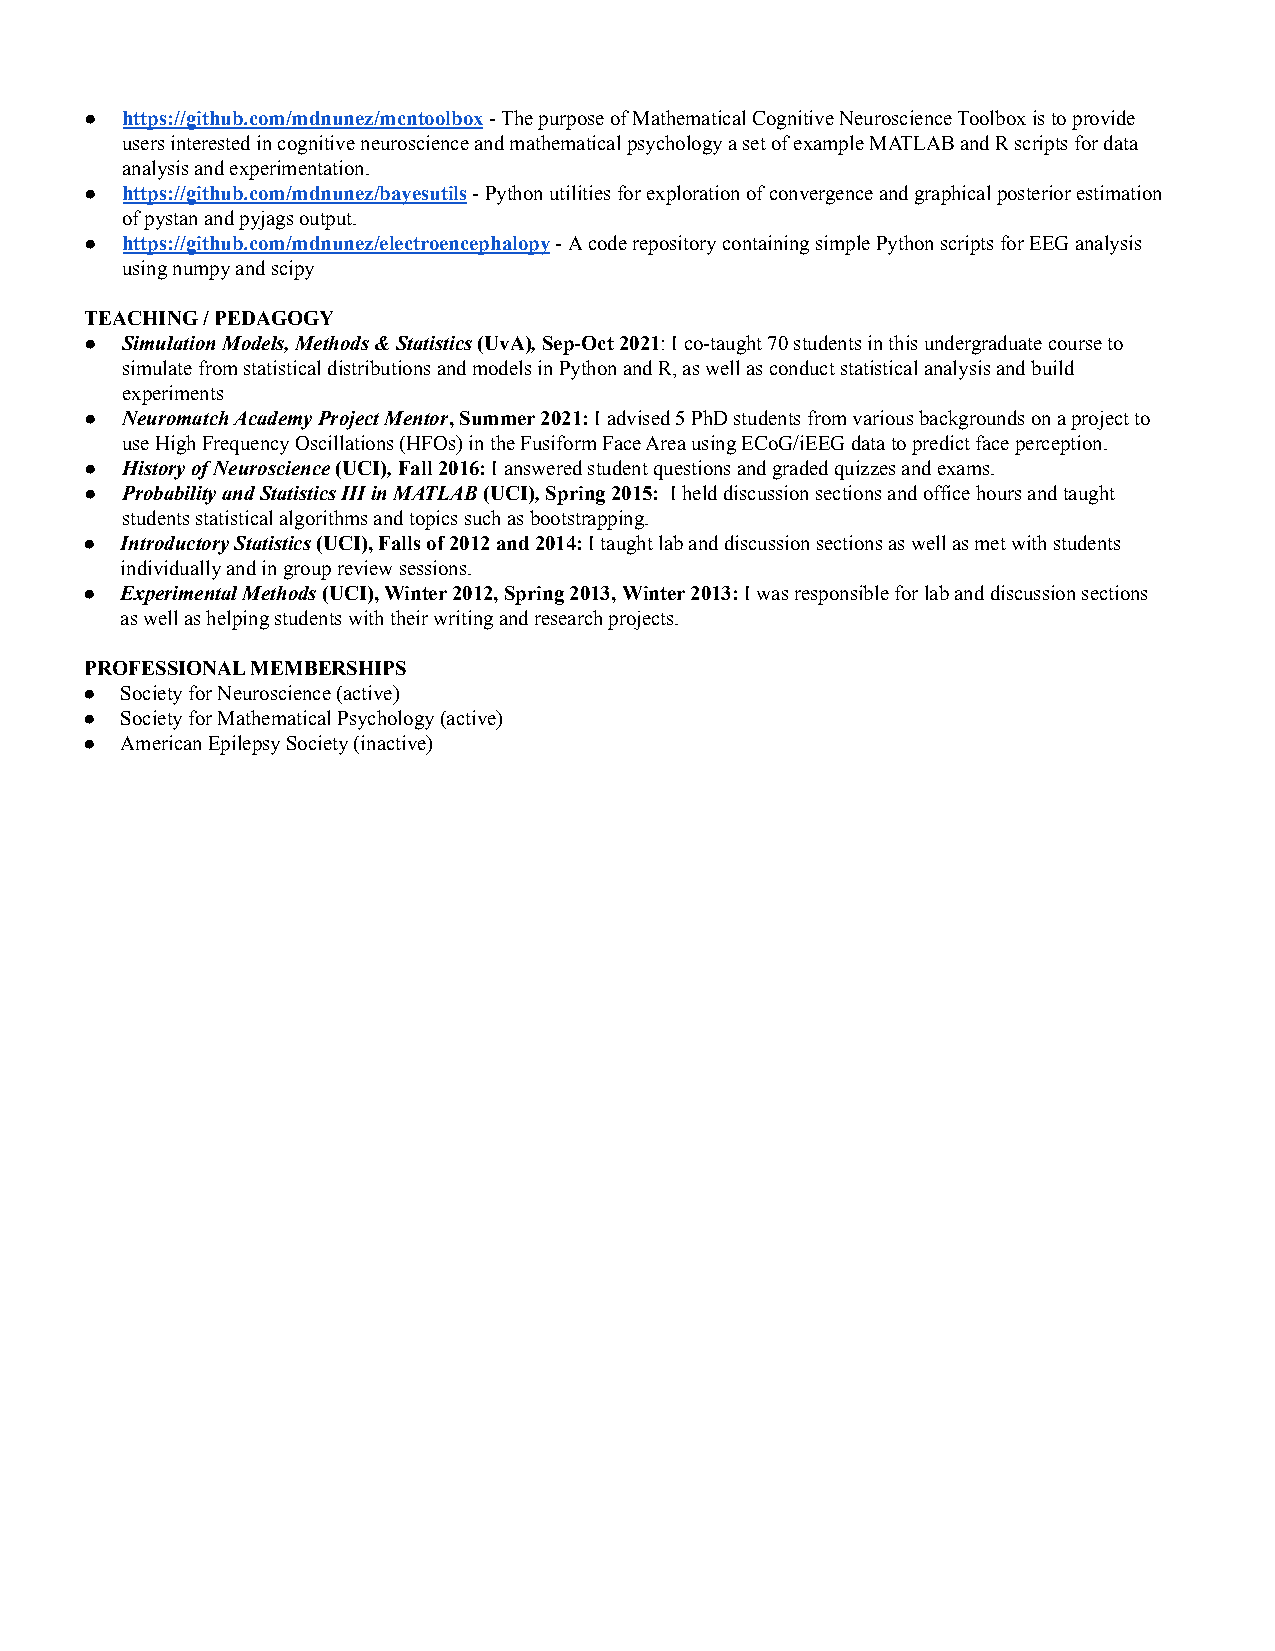
● https://github.com/mdnunez/mcntoolbox-The purpose of Mathematical Cognitive Neuroscience Toolbox is to provide
 users interested in cognitive neuroscience and mathematical psychology a set of example MATLAB and R scripts for data
 analysis and experimentation.
 ● https://github.com/mdnunez/bayesutils-Python utilitiesfor exploration of convergence and graphical posterior estimation
 of pystan and pyjags output.
 ● https://github.com/mdnunez/electroencephalopy-Acode repository containing simple Python scripts for EEG analysis
 using numpy and scipy
 TEACHING / PEDAGOGY
 ● Simulation Models, Methods & Statistics(UvA),Sep-Oct2021: I co-taught 70 students in this undergraduatecourse to
 simulate from statistical distributions and models in Python and R, as well as conduct statistical analysis and build
 experiments
 ● Neuromatch Academy Project Mentor, Summer 2021:Iadvised 5 PhD students from various backgrounds on a project to
 use High Frequency Oscillations (HFOs) in the Fusiform Face Area using ECoG/iEEG data to predict face perception.
 ● History of Neuroscience(UCI),Fall 2016:I answeredstudent questions and graded quizzes and exams.
 ● Probability and Statistics III in MATLAB(UCI),Spring2015: I held discussion sections and office hoursand taught
 students statistical algorithms and topics such as bootstrapping.
 ●  Introductory Statistics(UCI), Falls of 2012 and 2014:I taught lab and discussion sections as well as met with students
 individually and in group review sessions.
 ●  Experimental Methods(UCI), Winter 2012, Spring 2013,Winter 2013:I was responsible for lab and discussionsections
 as well as helping students with their writing and research projects.
 PROFESSIONAL MEMBERSHIPS
 ●  Society for Neuroscience (active)
 ●  Society for Mathematical Psychology (active)
 ●  American Epilepsy Society (inactive)